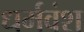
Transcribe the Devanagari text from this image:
धर्मवंश